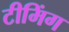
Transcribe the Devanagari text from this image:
टीमिंग